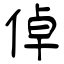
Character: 倬